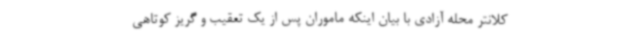
کلانتر محله آزادی با بیان اینکه ماموران پس از یک تعقیب و گریز کوتاهی